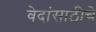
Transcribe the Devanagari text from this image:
वेदांसाठीचे